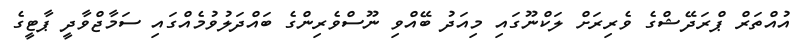
އުއްތަރް ޕްރަދޭޝްގެ ވެރިރަށް ލަކްނޫގައި މިއަދު ބޭއްވި ނޫސްވެރިންގެ ބައްދަލުވުމެއްގައި ސަމާޖްވާދީ ޕާޓީގެ